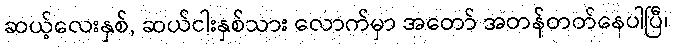
ဆယ့်လေးနှစ်, ဆယ်ငါးနှစ်သား လောက်မှာ အတော် အတန်တတ်နေပါပြီ၊